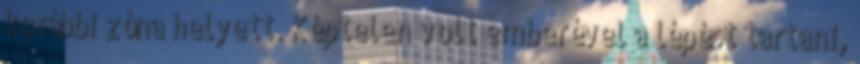
korábbi zóna helyett. Képtelen volt emberével a lépést tartani,